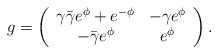
\begin{align*}g=\left( \begin{array}{ccc} \gamma \bar{\gamma} e^{\phi}+e^{-\phi} & -\gamma e^{\phi}\\ -\bar{\gamma} e^{\phi} & e^{\phi}\end{array} \right).\end{align*}